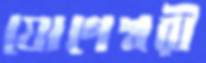
যোগেশ্বরী